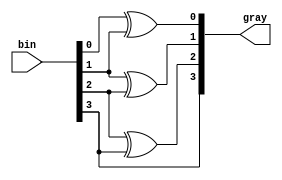
`timescale 1ns / 1ps
//////////////////////////////////////////////////////////////////////////////////
// Company: 
// 
// Design Name: 4 bit  binary to gray code converte
// Module Name: bin2gray
// Project Name: 
// Target Devices: 
// Tool Versions: 
// Description: 
// 
// Dependencies: 
// 
// Revision:
// Revision 0.01 - File Created
// Additional Comments:
// 
//////////////////////////////////////////////////////////////////////////////////


module bin2gray
#(parameter N=4)
(input [N-1:0]bin, 
output [N-1:0]gray);

genvar i;
generate
    for(i=0; i<N-1; i=i+1)begin
        assign gray[i] = bin[i] ^ bin[i+1];
    end 
endgenerate

assign gray[N-1] = bin[N-1];
endmodule